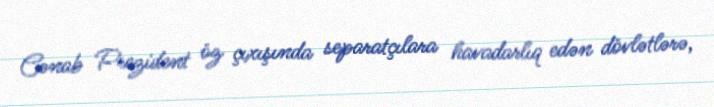
Cənab Prezident öz çıxışında separatçılara havadarlıq edən dövlətlərə,